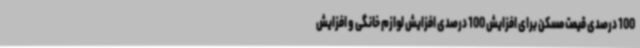
100 درصدی قیمت مسکن برای افزایش 100 درصدی افزایش لوازم خانگی و افزایش